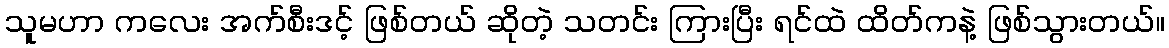
သူမဟာ ကလေး အက်စီးဒင့် ဖြစ်တယ် ဆိုတဲ့ သတင်း ကြားပြီး ရင်ထဲ ထိတ်ကနဲ့ ဖြစ်သွားတယ်။